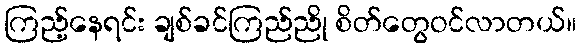
ကြည့်နေရင်း ချစ်ခင်ကြည်ညို စိတ်တွေဝင်လာတယ်။